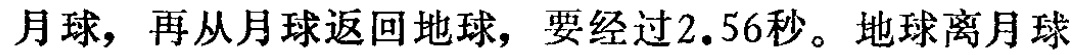
学习完直线，我们接着来了解一下两条直线的位置关系。

“位置关系”这个词不太好理解，我们通过一个例子来解释。

如果我跟你说，